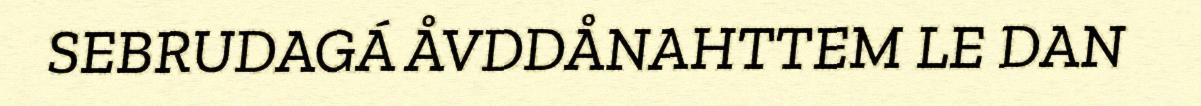
SEBRUDAGÁ ÅVDDÅNAHTTEM LE DAN